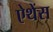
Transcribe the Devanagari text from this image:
ऐथेंस